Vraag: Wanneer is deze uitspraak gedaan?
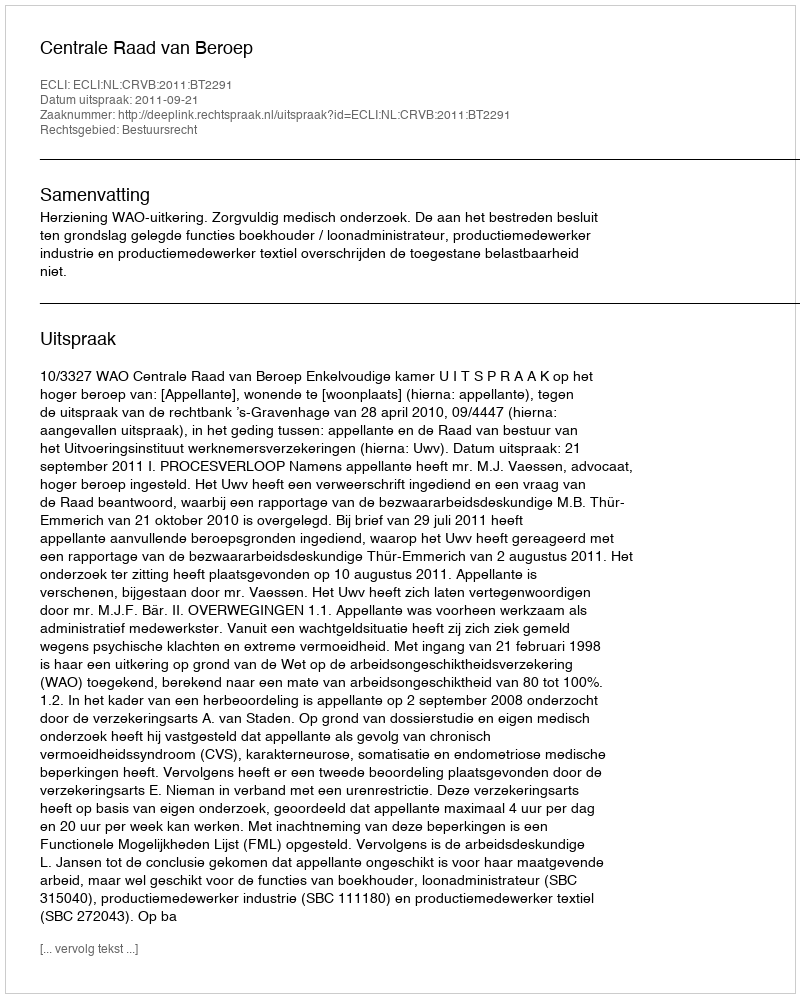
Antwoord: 2011-09-21